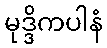
မုဒ္ဒိကပါနံ